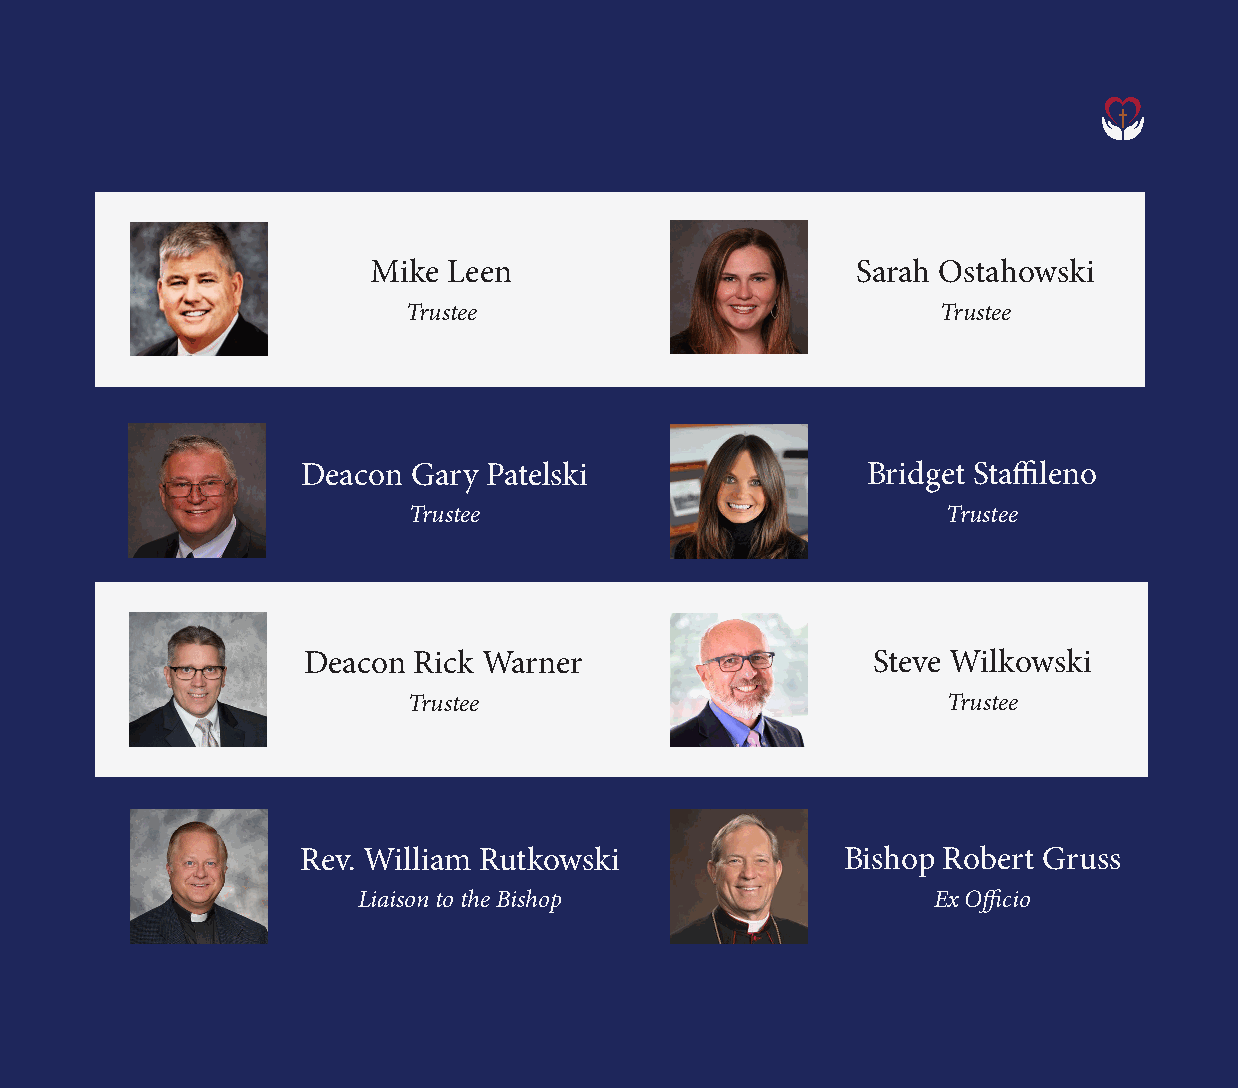
Mike Leen                       Sarah Ostahowski
 Trustee                            Trustee
 Deacon Gary Patelski                 Bridget Staffileno
 Trustee                             Trustee
 Deacon Rick Warner                    Steve Wilkowski
 Trustee                             Trustee
 Rev. William Rutkowski              Bishop Robert Gruss
 Liaison to the Bishop                 Ex Officio